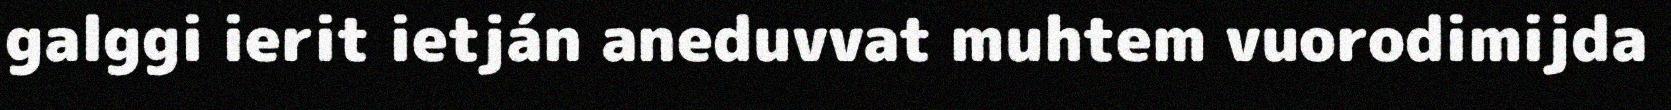
galggi ierit ietján aneduvvat muhtem vuorodimijda